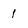
Character: 1